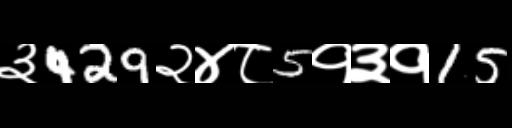
Text: ३429२४८5१३१15